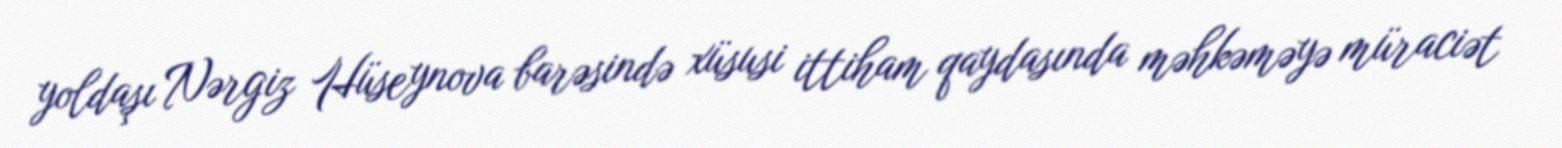
yoldaşı Nərgiz Hüseynova barəsində xüsusi ittiham qaydasında məhkəməyə müraciət